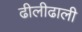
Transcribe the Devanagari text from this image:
ढीलीढाली